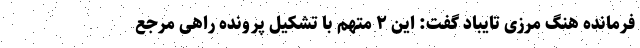
فرمانده هنگ مرزی تایباد گفت: این ۲ متهم با تشکیل پرونده راهی مرجع